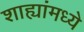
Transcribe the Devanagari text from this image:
शाह्यांमध्ये